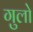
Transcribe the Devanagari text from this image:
गुलो